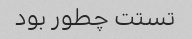
تستت چطور بود